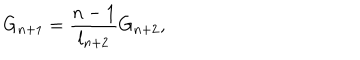
G _ { n + 1 } = \frac { n - 1 } { l _ { n + 2 } } G _ { n + 2 } ,